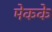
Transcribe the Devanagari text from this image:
मेकके